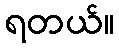
ရတယ်။